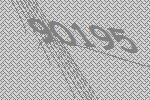
90195